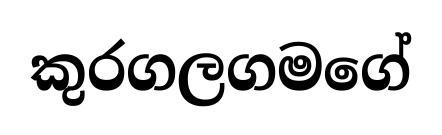
කුරගලගමගේ